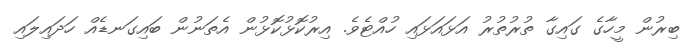
ބިރުން މީހާގެ ގައިގާ ތުރުތުރު އަޅައަޅައި ހުއްޓެވެ. އިރުކޮޅުކޮޅުން އެތަނުން ބައިގަނޑެއް ހަދައިލައި